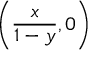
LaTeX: \left( { \frac { x } { 1 - y } } , 0 \right)